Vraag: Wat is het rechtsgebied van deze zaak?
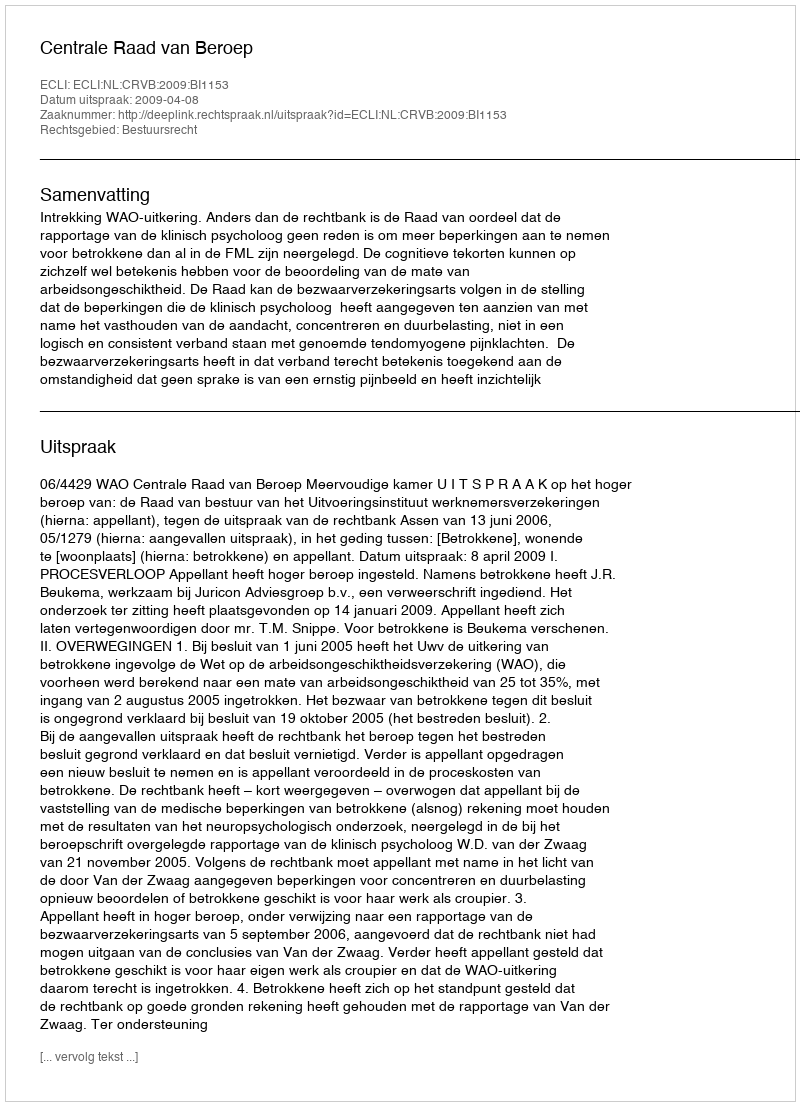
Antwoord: Bestuursrecht